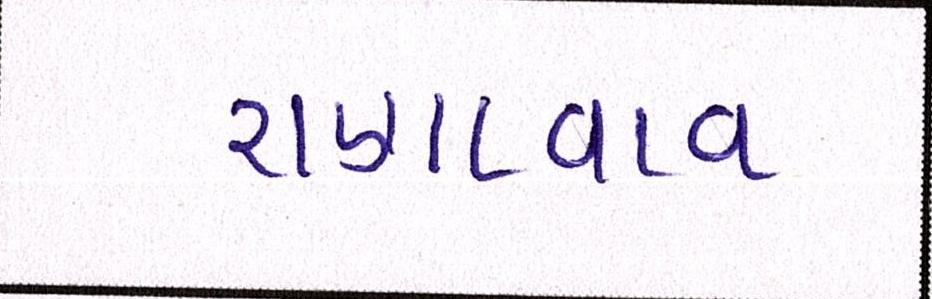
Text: રાણાવાવ